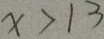
X > 1 3